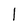
Character: l